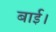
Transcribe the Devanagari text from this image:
बाई।